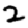
Digit: 2